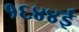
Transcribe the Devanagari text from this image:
१६४४ई